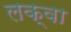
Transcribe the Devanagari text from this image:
लक्वा